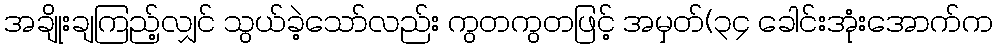
အချိုးချကြည့်လျှင် သွယ်ခဲ့သော်လည်း ကွတကွတဖြင့် အမှတ်(၃၄ ခေါင်းအုံးအောက်က